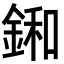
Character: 𨨛